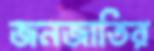
জনজাতির